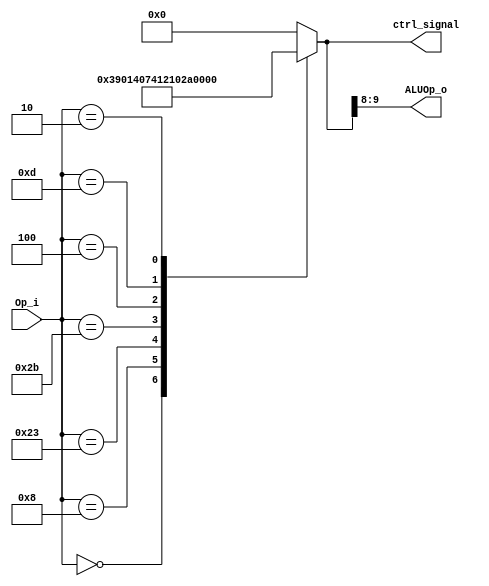
module Control(
    Op_i,
    ALUOp_o,
    ctrl_signal
);

input	[5:0]		Op_i;
output	[1:0]		ALUOp_o;
output	[9:0]		ctrl_signal;
reg		[9:0]		ctrl_signal;

always @(Op_i) begin
	case(Op_i)
		6'h00: // R-type
			ctrl_signal <= {2'b11, 1'b1, 1'b0, 1'b0, 1'b1, 1'b0, 1'b0, 1'b0, 1'b0};
		6'h08: // addi
			ctrl_signal <= {2'b00, 1'b0, 1'b1, 1'b0, 1'b1, 1'b0, 1'b0, 1'b0, 1'b0};
		6'h23: // lw
			ctrl_signal <= {2'b00, 1'b0, 1'b1, 1'b1, 1'b1, 1'b0, 1'b1, 1'b0, 1'b0};
		6'h2B: // sw
			ctrl_signal <= {2'b00, 1'b0, 1'b1, 1'b0, 1'b0, 1'b1, 1'b0, 1'b0, 1'b0};
		6'h04: // beq
			ctrl_signal <= {2'b01, 1'b0, 1'b0, 1'b0, 1'b0, 1'b0, 1'b0, 1'b1, 1'b0};
		6'h0D:  //ori
			ctrl_signal <= {2'b10, 1'b0, 1'b1, 1'b0, 1'b1, 1'b0, 1'b0, 1'b0, 1'b0};
		6'h02: // jump
			ctrl_signal <= {2'b00, 1'b0, 1'b0, 1'b0, 1'b0, 1'b0, 1'b0, 1'b0, 1'b1};
		default:
		 	ctrl_signal <= 10'd0;
	endcase
end
assign	ALUOp_o = ctrl_signal[9:8];

/*
Instruction	Opcode			ALUOp		RegDst	ALUSrc	MemtoReg	RegWrite	MemWrite	MemRead	Branch	Jump
R-type		000000(0x00)	11(Rtype)	1		0		0			1			0			0		0		0
[I-type]
addi		001000(0x08)	00(add)		0		1		0			1			0			0		0		0	
lw			100011(0x23)	00(add)		0		1		1			1			0			1		0		0
sw			101011(0x2B)	00(add)		x		1		x			0			1			0		0		0
beq			000100(0x04)	01(sub)		x		0		x			0			0			0		1		0
ori			001101(0x0D)	10(or)		0		1		0			1			0			0		0		0
jump		000010(0x02)	X			x		x		x			0			0			0		0		1
*/
endmodule